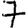
Digit: 7